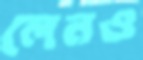
লেনও